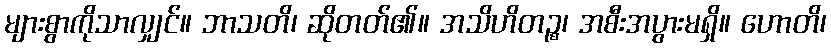
များစွာကိုသာလျှင်။ ဘာသတိ၊ ဆိုတတ်၏။ အသိဟိတဉ္စ၊ အစီးအပွားမရှိ။ ဟောတိ၊